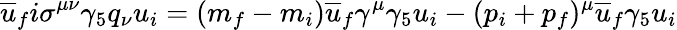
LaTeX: \overline{{{u}}}_{f}i\sigma^{\mu\nu}\gamma_{5}q_{\nu}u_{i}=(m_{f}-m_{i})\overline{{{u}}}_{f}\gamma^{\mu}\gamma_{5}u_{i}-(p_{i}+p_{f})^{\mu}\overline{{{u}}}_{f}\gamma_{5}u_{i}